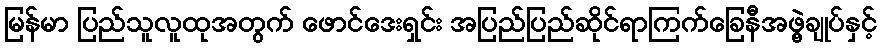
မြန်မာ ပြည်သူလူထုအတွက် ဖောင်ဒေးရှင်း အပြည်ပြည်ဆိုင်ရာကြက်ခြေနီအဖွဲ့ချုပ်နှင့်